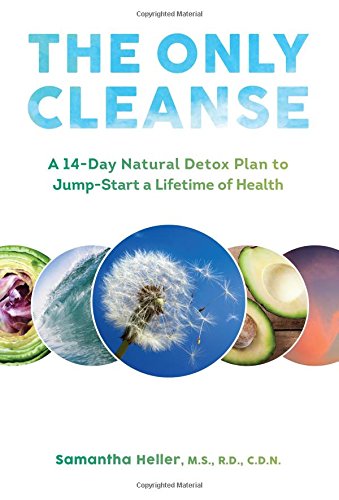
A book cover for The Only Cleanse: A 14-Day Natural Detox Plan to Jump-Start a Lifetime of Health; Samantha Heller; Health, Fitness & Dieting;